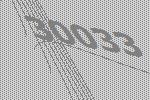
30033